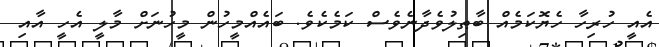
އެއީ ހުރިހާ ހެޔޮކަމެއް ބާޠިލުވެދާނެވެސް ކަމެކެވެ. ބައެއްމީހުން މީހުނަށް މާލީ އެހީ އާއި